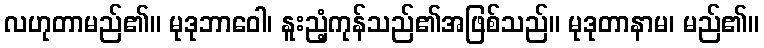
လဟုတာမည်၏။ မုဒုဘာဝေါ၊ နူးညံ့ကုန်သည်၏အဖြစ်သည်။ မုဒုတာနာမ၊ မည်၏။